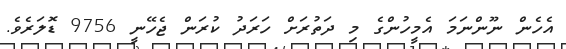
އެހެން ނޫންނަމަ އެމީހުންގެ މި ދަތުރަށް ހަރަދު ކުރަން ޖެހޭނީ 9756 ޑޮލަރެވެ.